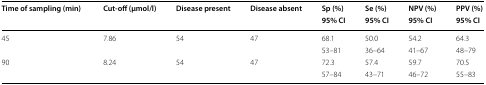
<table><thead><tr><td rowspan="2"><b>Time of sampling (min)</b></td><td rowspan="2"><b>Cut-off (μmol/l)</b></td><td rowspan="2"><b>Disease present</b></td><td rowspan="2"><b>Disease absent</b></td><td><b>Sp (%)</b></td><td><b>Se (%)</b></td><td><b>NPV (%)</b></td><td><b>PPV (%)</b></td></tr><tr><td><b>95% CI</b></td><td><b>95% CI</b></td><td><b>95% CI</b></td><td><b>95% CI</b></td></tr></thead><tbody><tr><td rowspan="2">45</td><td rowspan="2">7.86</td><td rowspan="2">54</td><td rowspan="2">47</td><td>68.1</td><td>50.0</td><td>54.2</td><td>64.3</td></tr><tr><td>53–81</td><td>36–64</td><td>41–67</td><td>48–79</td></tr><tr><td rowspan="2">90</td><td rowspan="2">8.24</td><td rowspan="2">54</td><td rowspan="2">47</td><td>72.3</td><td>57.4</td><td>59.7</td><td>70.5</td></tr><tr><td>57–84</td><td>43–71</td><td>46–72</td><td>55–83</td></tr></tbody></table>